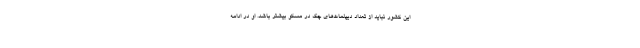
این کشور نباید از تعداد دیپلمات‌های چک در مسکو بیشتر باشد. او در ادامه